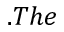
. T h e